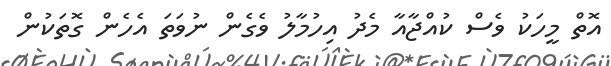
އޮތް މީހަކު ވެސް ކުއްޖާއާ މެދު އިހުމާލު ވެގެން ނުވަތަ އެހެން ގޮތަކުން